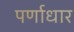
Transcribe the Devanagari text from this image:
पर्णाधार